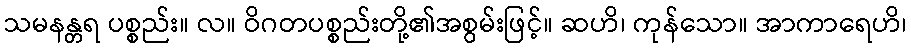
သမနန္တရ ပစ္စည်း။ လ။ ဝိဂတပစ္စည်းတို့၏အစွမ်းဖြင့်။ ဆဟိ၊ ကုန်သော။ အာကာရေဟိ၊